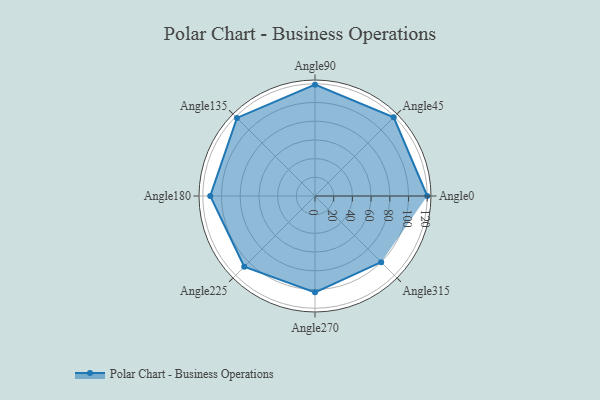
{"axis": {"x": "Angle", "y": "Radius"}, "legend": [""], "data": [{"x": "Angle0", "y": 120.0, "type": ""}, {"x": "Angle45", "y": 119.0, "type": ""}, {"x": "Angle90", "y": 119.0, "type": ""}, {"x": "Angle135", "y": 118.0, "type": ""}, {"x": "Angle180", "y": 112.0, "type": ""}, {"x": "Angle225", "y": 107.0, "type": ""}, {"x": "Angle270", "y": 103.0, "type": ""}, {"x": "Angle315", "y": 100.0, "type": ""}]}